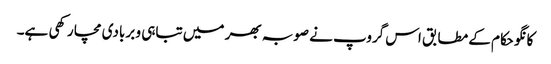
کانگو حکام کے مطابق اس گروپ نے صوبہ بھر میں تباہی و بربادی مچا رکھی ہے۔